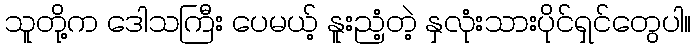
သူတို့က ဒေါသကြီး ပေမယ့် နူးညံ့တဲ့ နှလုံးသားပိုင်ရှင်တွေပါ။